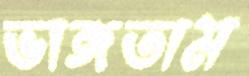
ভাঙ্গতাম